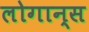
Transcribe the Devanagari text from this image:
लोगान्स